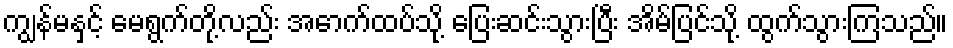
ကျွန်မနှင့် မေရွက်တို့လည်း အောက်ထပ်သို့ ပြေးဆင်းသွားပြီး အိမ်ပြင်သို့ ထွက်သွားကြသည်။